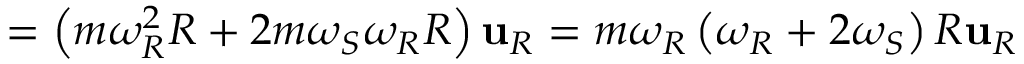
= \left( m \omega _ { R } ^ { 2 } R + 2 m \omega _ { S } \omega _ { R } R \right) \mathbf { u } _ { R } = m \omega _ { R } \left( \omega _ { R } + 2 \omega _ { S } \right) R \mathbf { u } _ { R }